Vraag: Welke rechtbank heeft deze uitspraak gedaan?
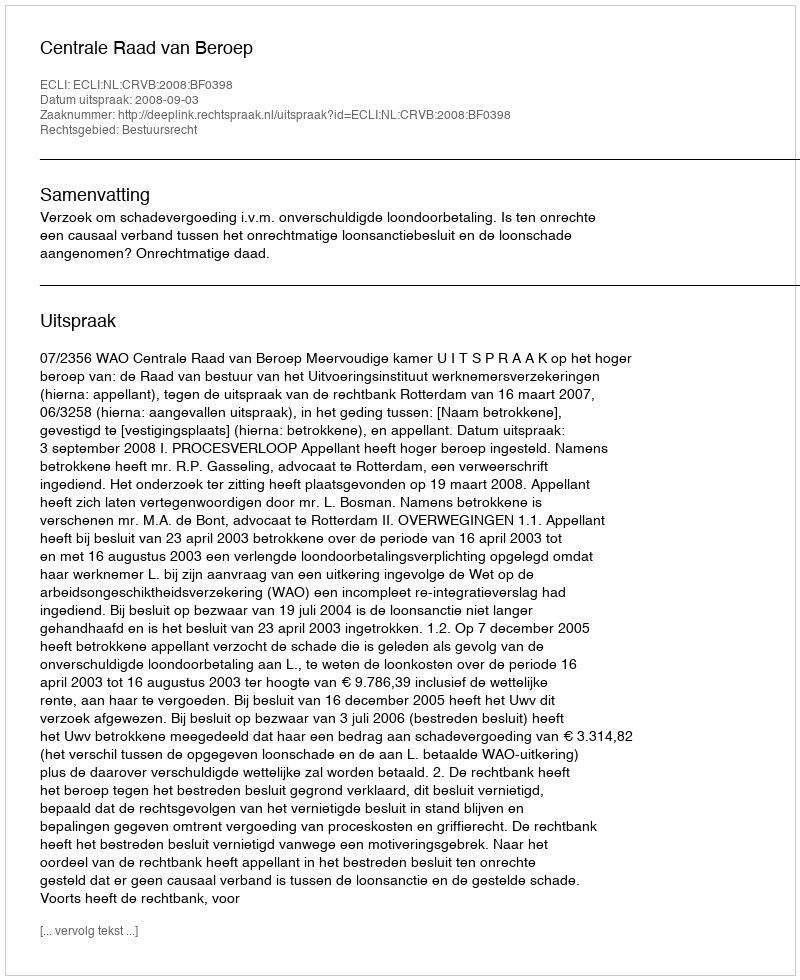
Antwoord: Centrale Raad van Beroep